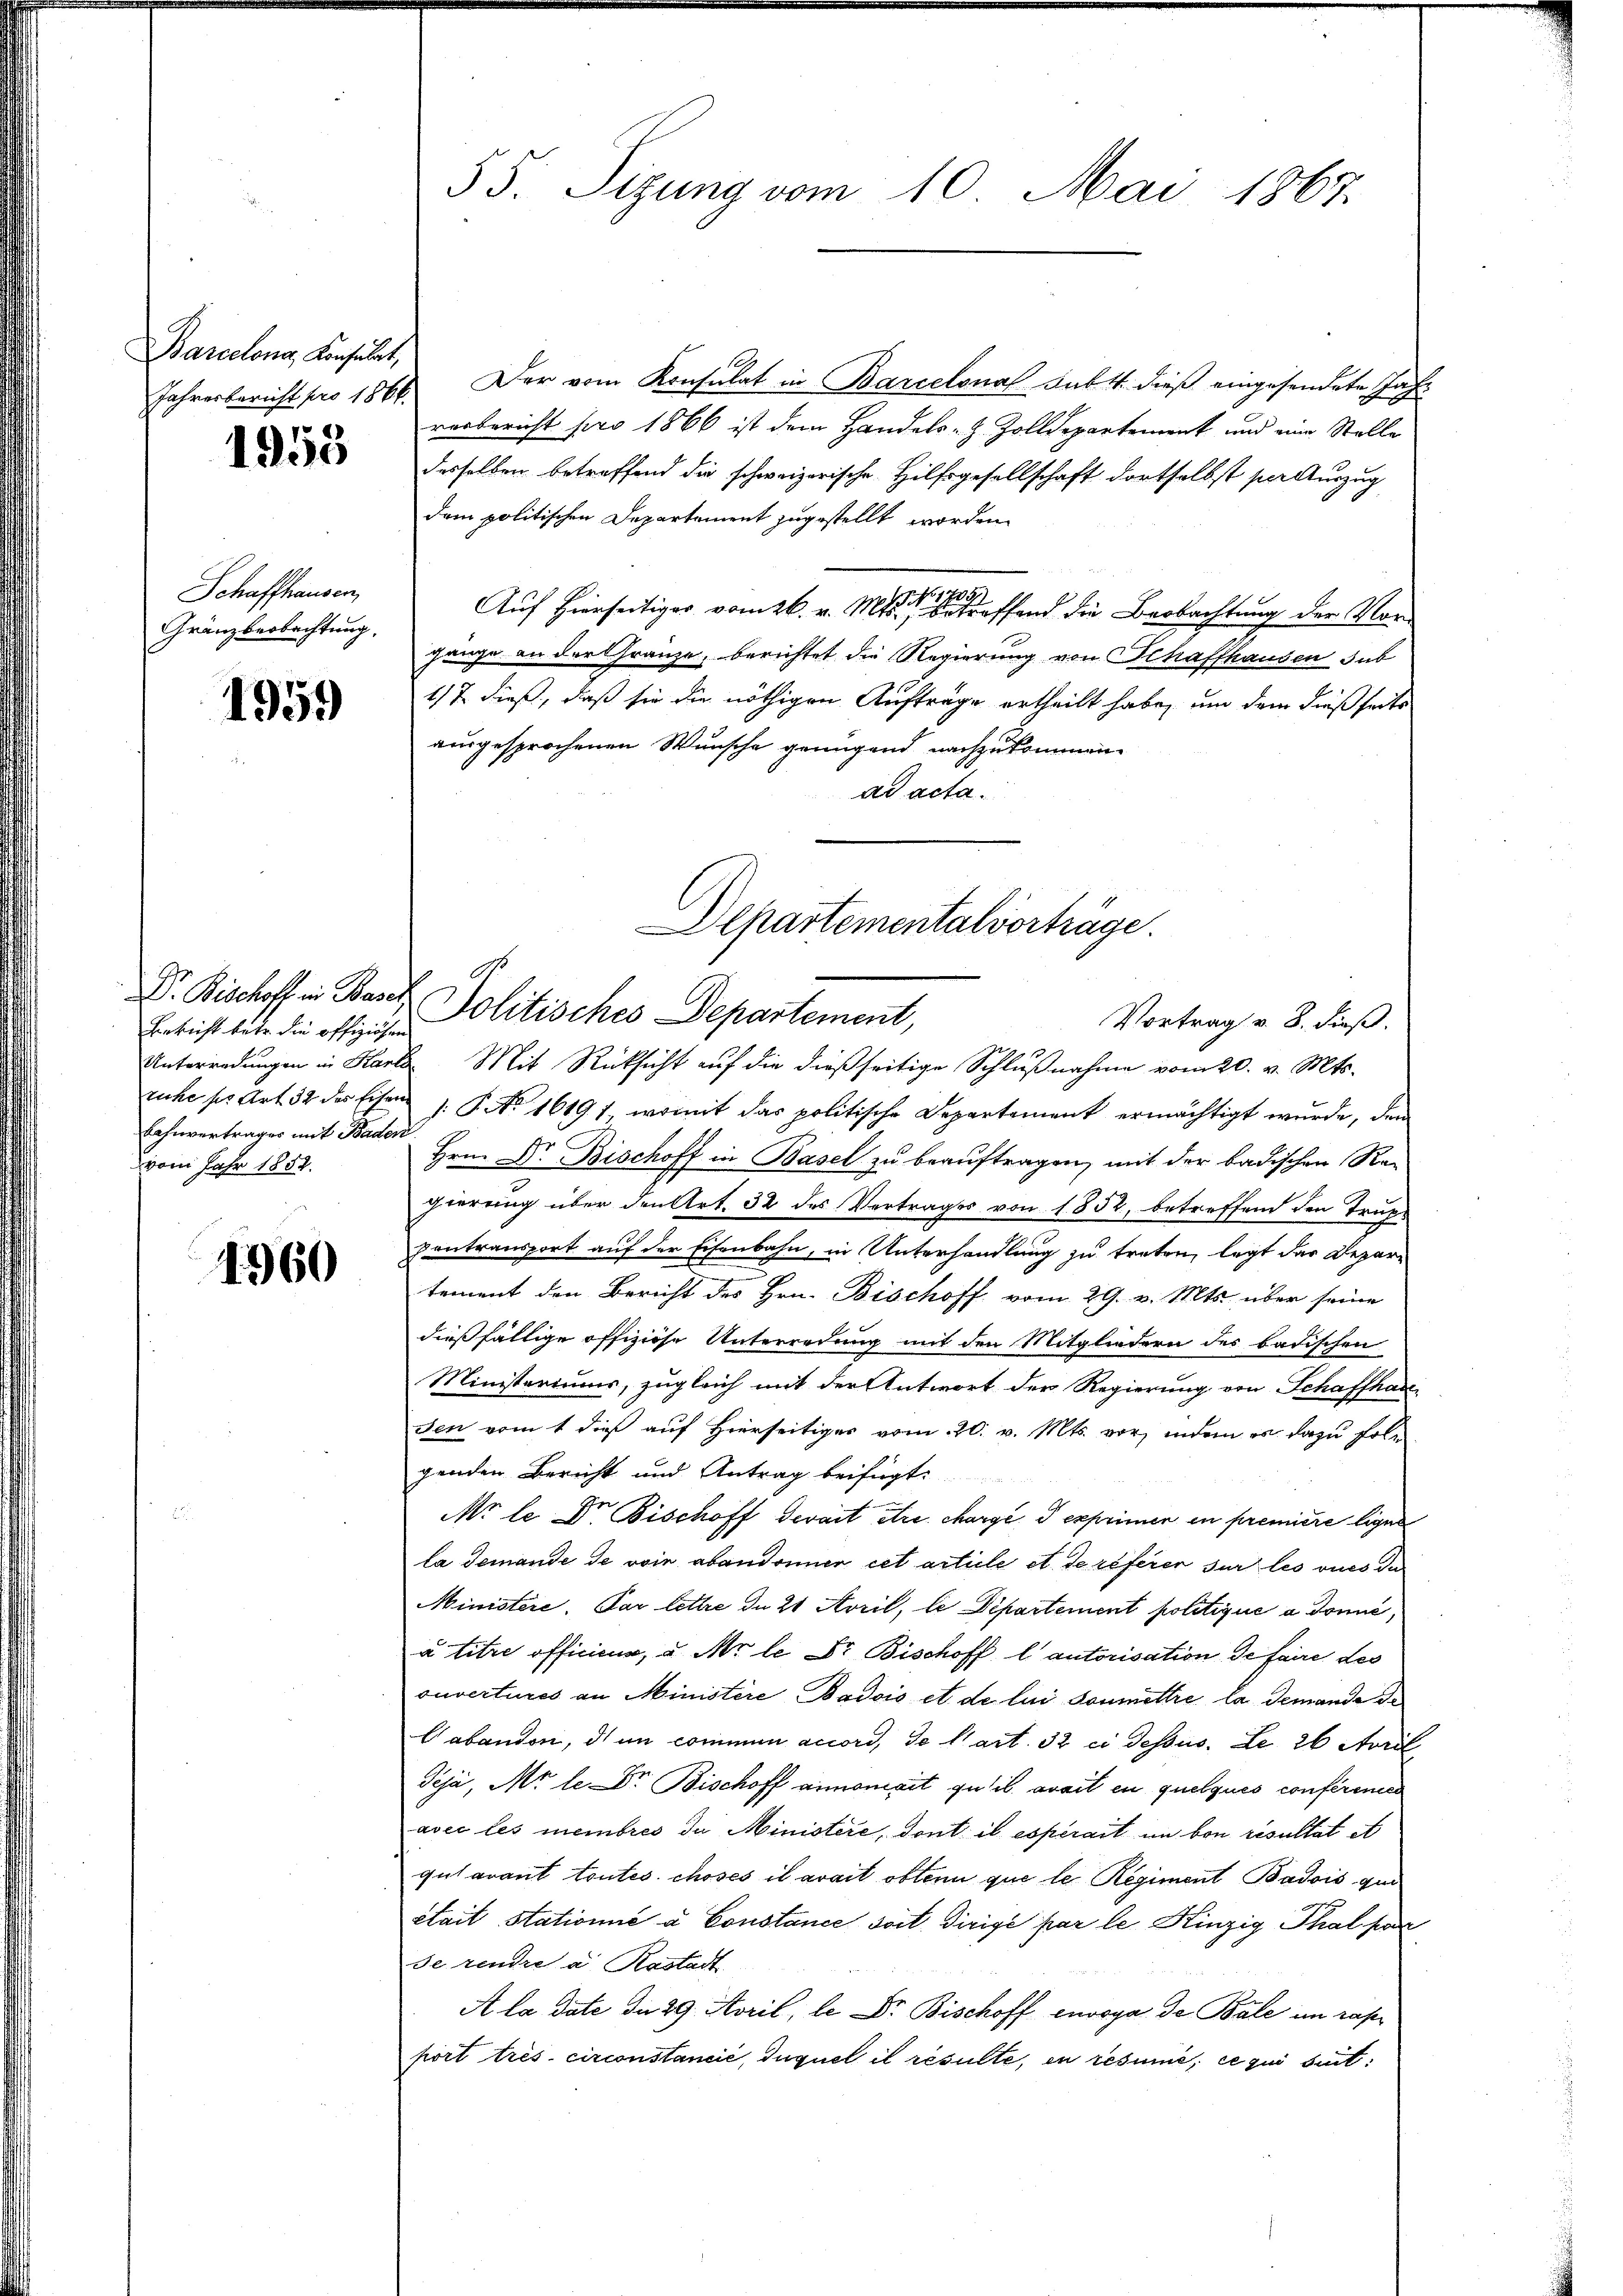
Barcelone, Konsulat,

1958

Schaffhausen,
Gränzbeobachtung.

1959

Bericht betr. die offiziösen
Bahnvertrages mit Baden
vom Jahr 1852.

1960

55. Sizung vom 10. Mai 1867.

Jahresbericht pro 1866. Der vom Konsulat in Barcelonas Fabtt. dieß eingesendete Jahr
vorbericht pro 1866 ist dem Handels- & Zolldepartement und eine Stelle
desselben betreffend die schweizerische Hilfsgesellschaft dortselbst serauszug
dem politischen Departement zugestellt worden.
Auf Hierseitiges vom 26. v. M. betreffend die Beobachtung der Vorgänge an der Gränze, berichtet die Regierung von Schaffhausen sub
47 dieß, daß sie die nöthigen Aufträge ertheilt habe, um dem dießseits
ausgesprochenen Wunsche genügend nachzukommen.
ad acta.
Unterredungen in Karte Mit Rücksicht auf die dießseitige Schlŭβnahme vom 20. v. Mts.
ruhe pr. Art. 32 des Eisen 1. No 1619 f., womit das politische Departement ermächtigt wurde, den
Hrn. Dr. Bischoff in Basel zu beauftragen, mit der badischen Re-
gierung über den Art. 32 des Vertrages von 1852, betreffend den Trupzentransport auf der Eisenbahn, in Unterhandlung zu treten, legt das Depar¬
7
tement den Bericht des Hrn. Bischoff vom 29. v. Mts. über seine
dießfällige offiziese Unterredung mit den Mitgliedern des badischen
Ministeriums, zugleich mit der Antwort der Regierung von Schaffhausen vom 1 dieß auf Hierseitiges vom 20. v. Mts. vor, indem es dazu folgenden Bericht und Antrag beifügt:
No le Dr. Bischoff Gevait Atre chargé d exprimer in première ligen
la demande de voie abandonner cet article et de referer sur les vues de
Ministere. Par lettre de 21 Avril, le Departement politique a Donić,
a titre officieur, u. Mr le Dr. Bischoff l autorisation de faire des
onvertures an Ministere Badois et de lui soumettre la demande de
Cabandon, d. in commen accord, de l’art. 32 ei dessus. Le 26 April
Teja, Mr le Dr. Bischoff ainmonait qu’il avait en quelques conferenen
avec les membres de Ministere, dont il esperait in von resultat et
gut avant toutes choses il avait obtenu que le Regiment Badois qui
était stationné à Constance soit dirigé par le Kinzig Thal par
de rendre a Kastadt
A la date die 29. April, le Dr. Bischoff envoya de Bale im ras
port très- circonstancié, Iuquel il resulte, en resume, ce qui seit

Departementalvorträge.
Dr. Bischoff in Bart Politisches Departement,
Vortrag v. 8. dieß.